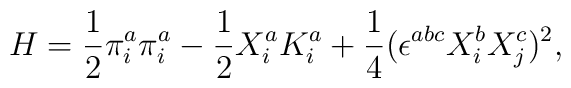
H=\frac{1}{2}\pi^a_i\pi^a_i-\frac{1}{2}X^a_iK^a_i+\frac{1}{4}(\epsilon^{abc}X^b_i X^c_j)^2,